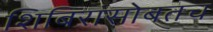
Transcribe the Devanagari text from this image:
शिबिरांसोबतच